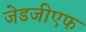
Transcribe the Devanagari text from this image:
जेडजीएफ